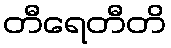
တီရေတီတိ